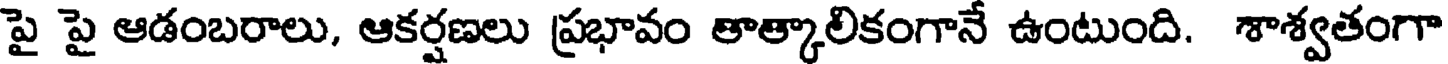
పై పై ఆడంబరాలు, ఆకర్షణలు ప్రభావం తాత్కాలికంగానే ఉంటుంది. శాశ్వతంగా